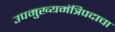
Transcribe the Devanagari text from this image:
उपमुख्यमंत्रिपदाचा